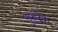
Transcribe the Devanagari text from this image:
गुरुदेव।